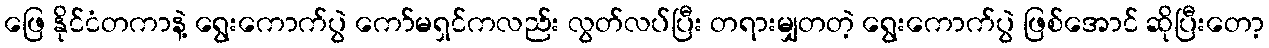
ဖြေ နိုင်ငံတကာနဲ့ ရွေးကောက်ပွဲ ကော်မရှင်ကလည်း လွတ်လပ်ပြီး တရားမျှတတဲ့ ရွေးကောက်ပွဲ ဖြစ်အောင် ဆိုပြီးတော့